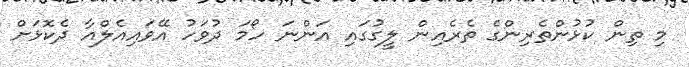
މި ތިން ކުޅުންތެރިންގެ ތެރެއިން ލީގުގައި އަންނަ ހޯމަ ދުވަހު އޭވައިއެލްއާ ދެކޮޅަށް